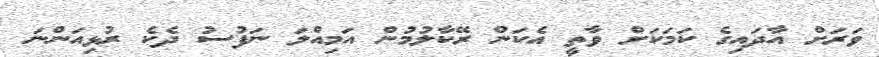
ވަރަށް އާދައިގެ ކަމަކަށް ވާތީ އެކަން ރޭކާލުމުން އަމިއްލަ ނަފުސު ދެކެ ރުޅިއަންނަ